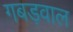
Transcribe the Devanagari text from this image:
गबड़वाल